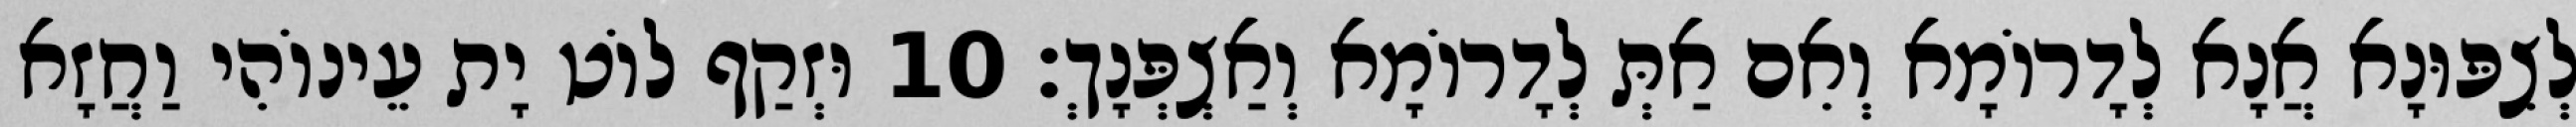
לְצִפּוּנָא אֲנָא לְדָרוֹמָא וְאִם אַתְּ לְדָרוֹמָא וְאַצְפְּנָךְ׃ 10 וּזְקַף לוֹט יָת עֵינוֹהִי וַחֲזָא